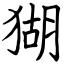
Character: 猢